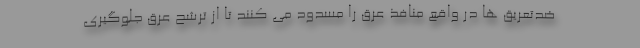
ضدتعریق ها در واقع منافذ عرق را مسدود می کنند تا از ترشح عرق جلوگیری